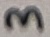
Text: 3